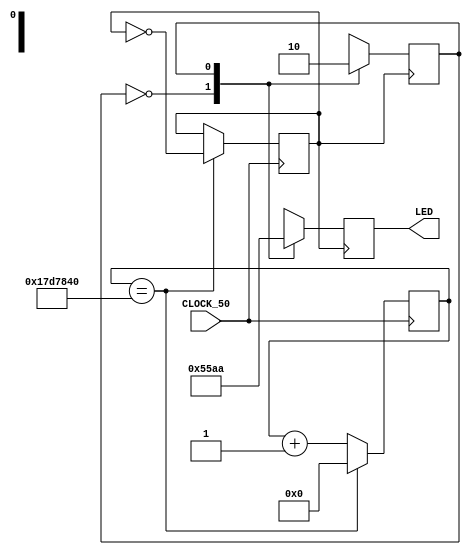
//////////////////////////////////////////////////////////////////////////////////
// Name:   Project1.v                                      		                //
//                                                                              //
//         http://idielectronica.blogspot.com/                                  //
//                                                                              //
// Description: Sample code for Terasic DE0-Nano FPGA board. State machine      //
// makes on-board LEDs blink.                                                   //
//                                                                              //
//////////////////////////////////////////////////////////////////////////////////

module Project1(		// The top-level module must match the name 
input CLOCK_50,			// of the project file
output reg [7:0]LED
);

reg 	[25:0]count;	
reg			clk2;	
reg			state=0;

// clock divider 50MHz to 1Hz
always@(posedge CLOCK_50)
    begin
        if(count==26'd25_000_000)    // counts 25M clk cycles and 
            begin                    // toggles clk2 hi or lo
             count<=0;                
             clk2 <= ~clk2;          
            end
        else
            begin
             count<=count+1;
            end
    end     

// state machine blinks on-board LEDs 
always @(posedge clk2)
	begin
		 case(state)
		 1'b0:	begin
			LED[7:0] <= 8'b01010101;	// turns on LEDs
			state <= 1'b1;				// next state
			end
		1'b1: 	begin	
			LED[7:0] = 8'b10101010;
			state <= 1'b0;
			end
		default: begin
			state <= 1'b0;
			end
		endcase	
	end
endmodule